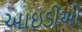
આઇડીઓ